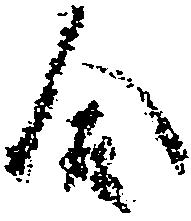
合